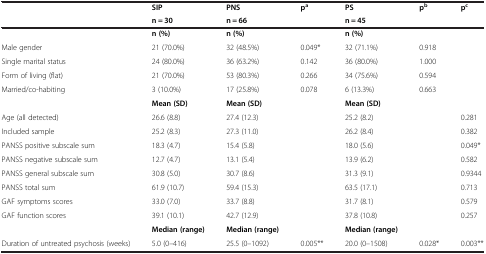
<table><thead><tr><td rowspan="2"><b> </b></td><td><b>SIP</b></td><td><b>PNS</b></td><td rowspan="2"><b>p<sup>a</sup></b></td><td><b>PS</b></td><td rowspan="2"><b>p<sup>b</sup></b></td><td rowspan="2"><b>p<sup>c</sup></b></td></tr><tr><td><b>n = 30</b></td><td><b>n = 66</b></td><td><b>n = 45</b></td></tr></thead><tbody><tr><td> </td><td><b>n (%)</b></td><td><b>n (%)</b></td><td> </td><td><b>n (%)</b></td><td> </td><td> </td></tr><tr><td>Male gender</td><td>21 (70.0%)</td><td>32 (48.5%)</td><td>0.049*</td><td>32 (71.1%)</td><td>0.918</td><td> </td></tr><tr><td>Single marital status</td><td>24 (80.0%)</td><td>36 (63.2%)</td><td>0.142</td><td>36 (80.0%)</td><td>1.000</td><td> </td></tr><tr><td>Form of living (flat)</td><td>21 (70.0%)</td><td>53 (80.3%)</td><td>0.266</td><td>34 (75.6%)</td><td>0.594</td><td> </td></tr><tr><td>Married/co-habiting</td><td>3 (10.0%)</td><td>17 (25.8%)</td><td>0.078</td><td>6 (13.3%)</td><td>0.663</td><td> </td></tr><tr><td> </td><td><b>Mean (SD)</b></td><td><b>Mean (SD)</b></td><td> </td><td><b>Mean (SD)</b></td><td> </td><td> </td></tr><tr><td>Age (all detected)</td><td>26.6 (8.8)</td><td>27.4 (12.3)</td><td> </td><td>25.2 (8.2)</td><td> </td><td>0.281</td></tr><tr><td>Included sample</td><td>25.2 (8.3)</td><td>27.3 (11.0)</td><td> </td><td>26.2 (8.4)</td><td> </td><td>0.382</td></tr><tr><td>PANSS positive subscale sum</td><td>18.3 (4.7)</td><td>15.4 (5.8)</td><td> </td><td>18.0 (5.6)</td><td> </td><td>0.049*</td></tr><tr><td>PANSS negative subscale sum</td><td>12.7 (4.7)</td><td>13.1 (5.4)</td><td> </td><td>13.9 (6.2)</td><td> </td><td>0.582</td></tr><tr><td>PANSS general subscale sum</td><td>30.8 (5.0)</td><td>30.7 (8.6)</td><td> </td><td>31.3 (9.1)</td><td> </td><td>0.9344</td></tr><tr><td>PANSS total sum</td><td>61.9 (10.7)</td><td>59.4 (15.3)</td><td> </td><td>63.5 (17.1)</td><td> </td><td>0.713</td></tr><tr><td>GAF symptoms scores</td><td>33.0 (7.0)</td><td>33.7 (8.8)</td><td> </td><td>31.7 (8.1)</td><td> </td><td>0.579</td></tr><tr><td>GAF function scores</td><td>39.1 (10.1)</td><td>42.7 (12.9)</td><td> </td><td>37.8 (10.8)</td><td> </td><td>0.257</td></tr><tr><td> </td><td><b>Median (range)</b></td><td><b>Median (range)</b></td><td> </td><td><b>Median (range)</b></td><td> </td><td> </td></tr><tr><td>Duration of untreated psychosis (weeks)</td><td>5.0 (0–416)</td><td>25.5 (0–1092)</td><td>0.005**</td><td>20.0 (0–1508)</td><td>0.028*</td><td>0.003**</td></tr></tbody></table>